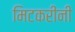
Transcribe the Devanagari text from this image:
मिटकरींनी